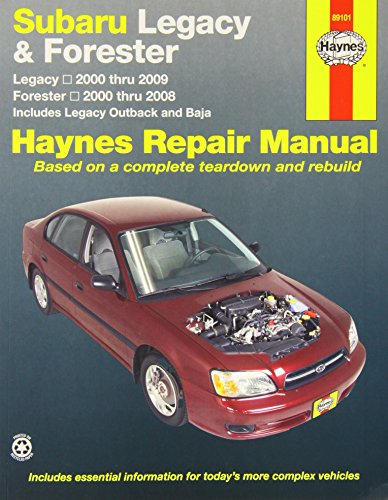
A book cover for Subaru Legacy & Forester: Legacy 2000 thru 2009 - Forester 2000 thru 2008 - Includes Legacy Outback and Baja (Haynes Repair Manual); Robert Maddox; Engineering & Transportation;